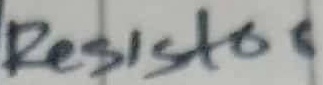
Text: Resistor